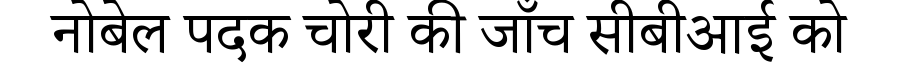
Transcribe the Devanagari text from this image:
नोबेल पदक चोरी की जाँच सीबीआई को